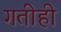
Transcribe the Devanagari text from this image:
गतीही